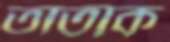
তাতাক